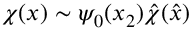
\chi ( x ) \sim \psi _ { 0 } ( x _ { 2 } ) { \hat { \chi } } ( { \hat { x } } )